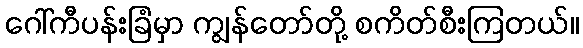
ဂေါ်ကီပန်းခြံမှာ ကျွန်တော်တို့ စကိတ်စီးကြတယ်။